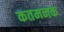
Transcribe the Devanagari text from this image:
कतमनक